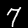
Label: 7